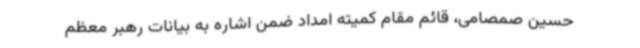
حسین صمصامی، قائم مقام کمیته امداد ضمن اشاره به بیانات رهبر معظم